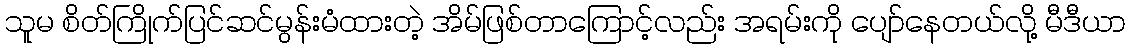
သူမ စိတ်ကြိုက်ပြင်ဆင်မွန်းမံထားတဲ့ အိမ်ဖြစ်တာကြောင့်လည်း အရမ်းကို ပျော်နေတယ်လို့ မီဒီယာ